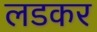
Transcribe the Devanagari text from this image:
लडकर